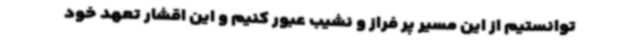
توانستیم از این مسیر پر فراز و نشیب عبور کنیم و این اقشار تعهد خود